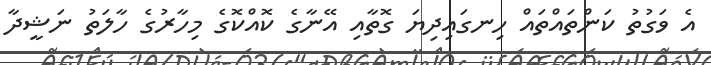
އެ ވަގުތު ކަންތައްތައް ހިނގައިދިޔަ ގޮތާއި އޭނާގެ ކޮއްކޮގެ މިހާރުގެ ހާލަތު ނަޝީދާ